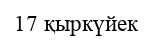
17 қыркүйек